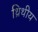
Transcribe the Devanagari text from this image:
थ्रिथीय